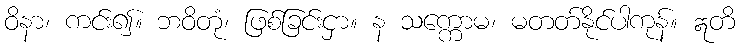
ဝိနာ၊ ကင်း၍။ ဘဝိတုံ၊ ဖြစ်ခြင်းငှာ။ န သက္ကောမ၊ မတတ်နိုင်ပါကုန်။ ဣတိ